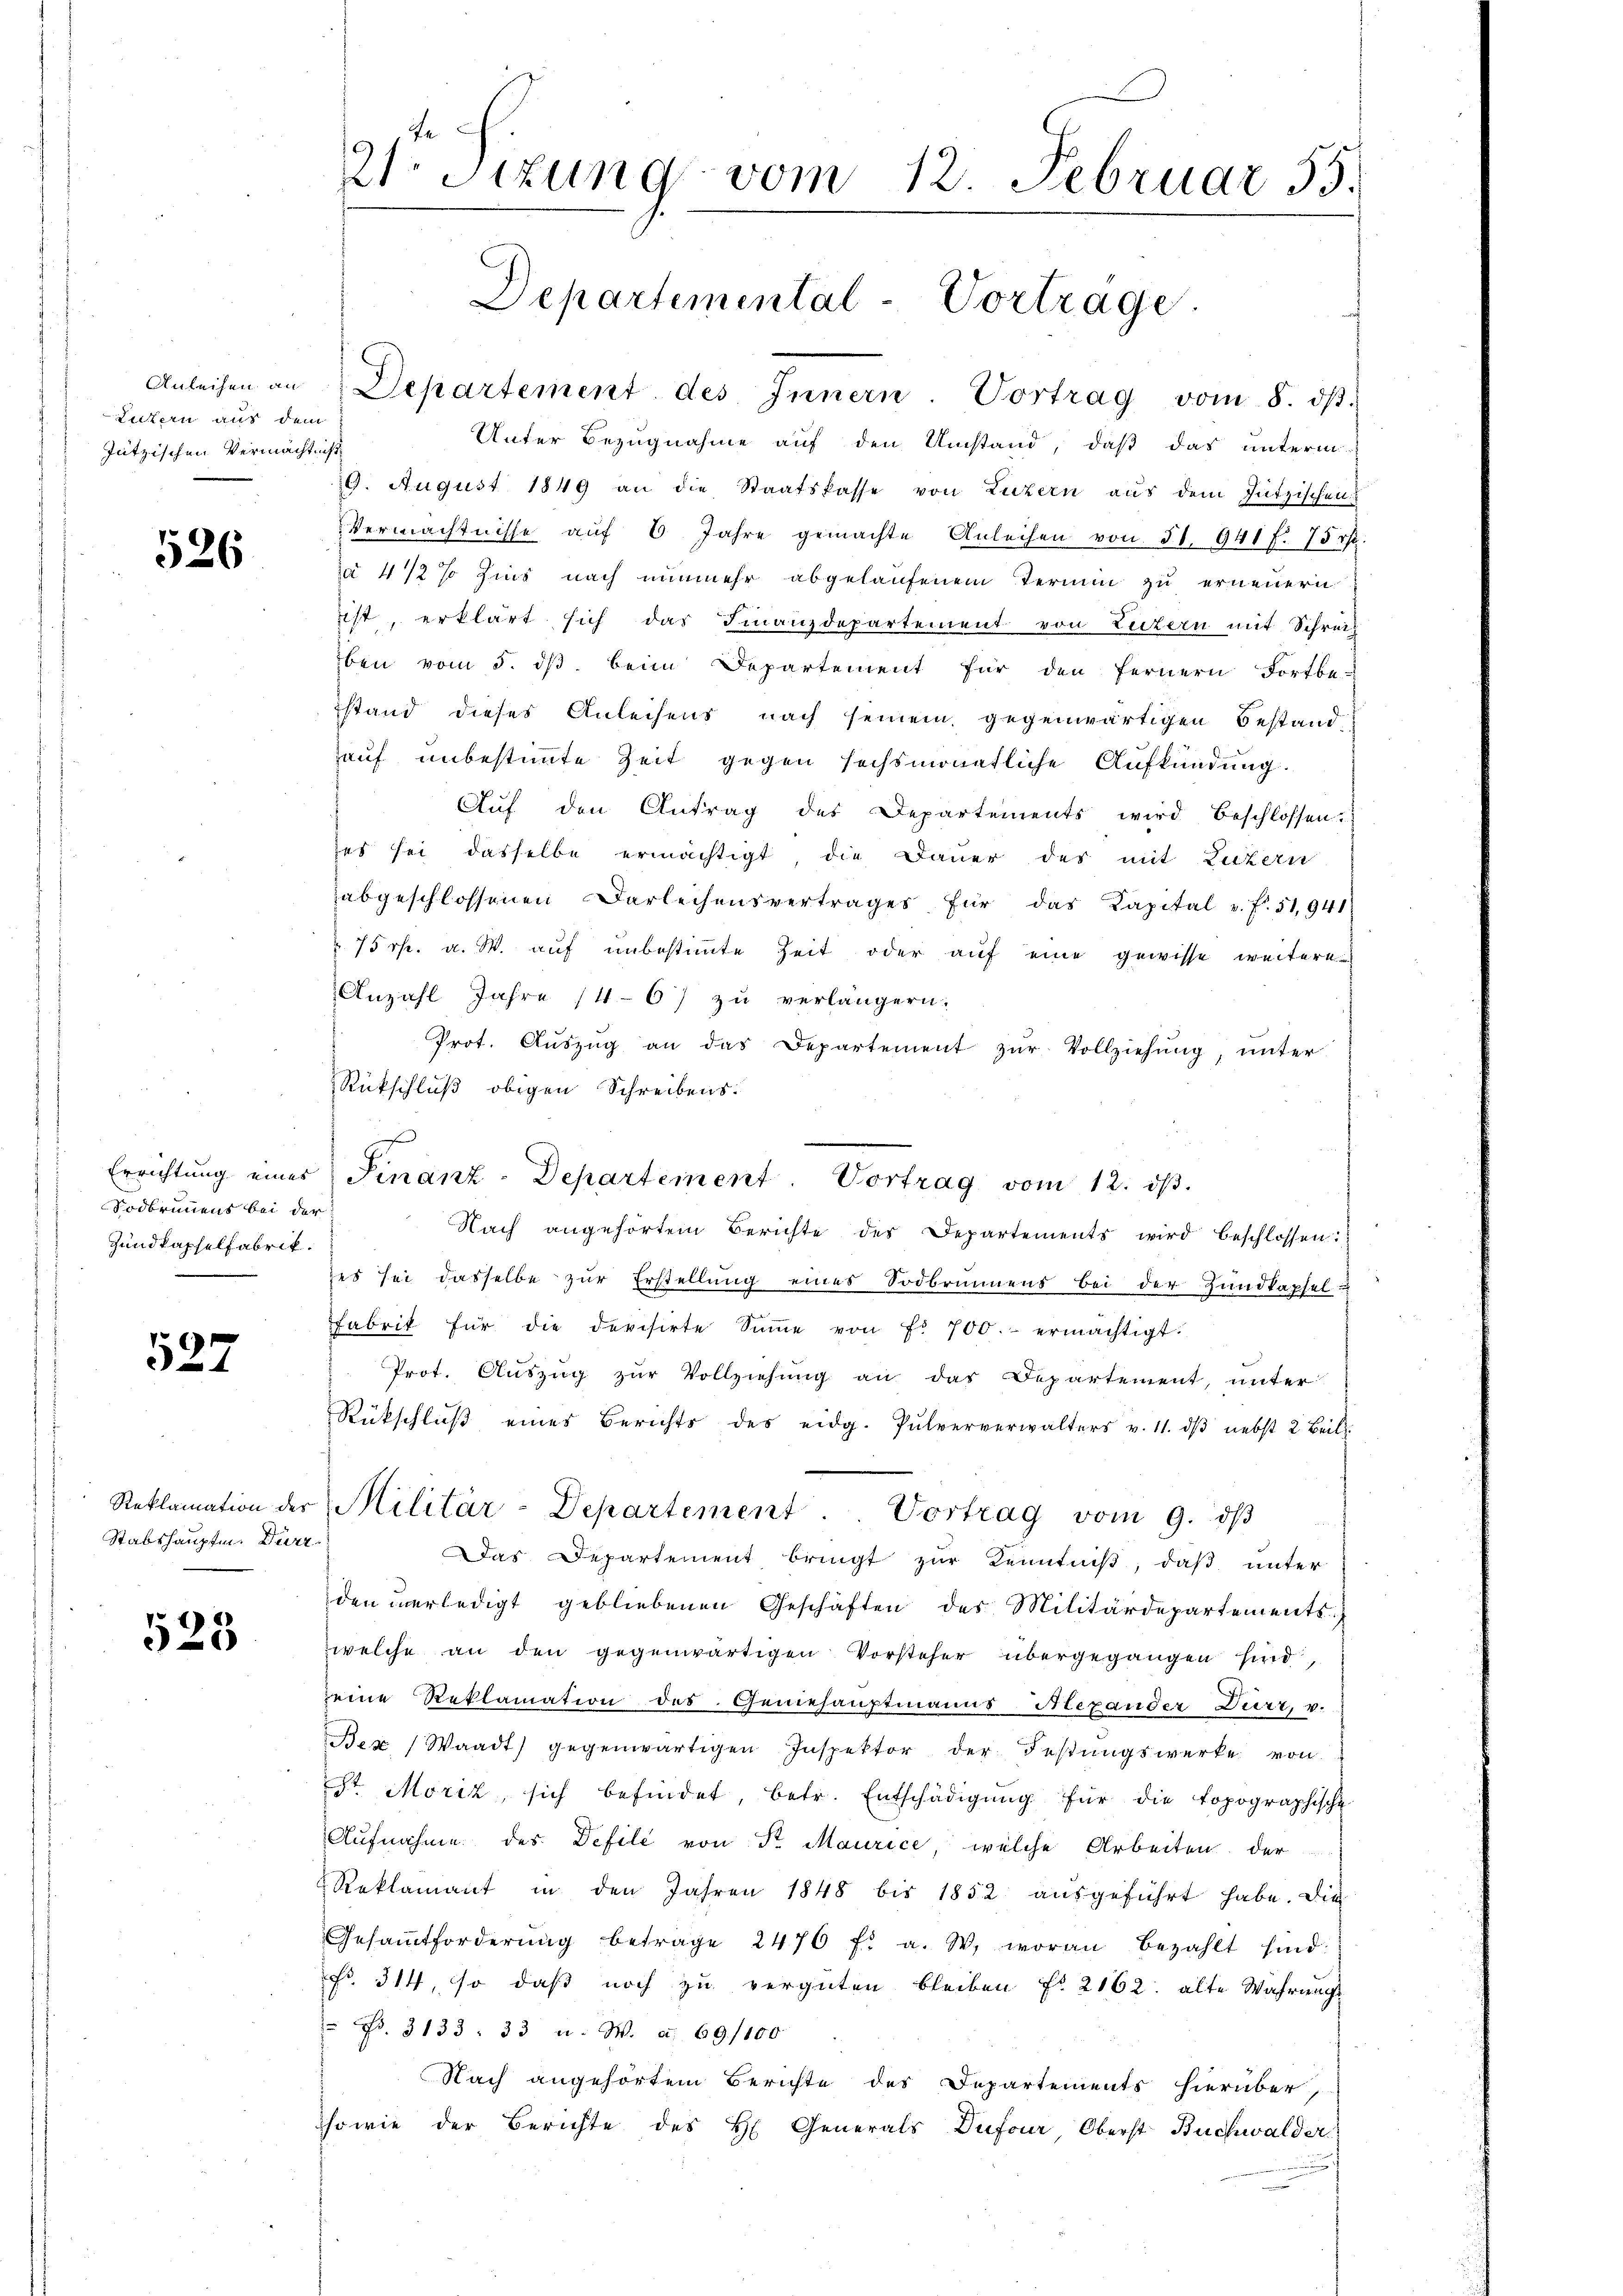
Anleihen an
Lutern aus dem
Jützischen Vermächtig

526

Errichtung eines
Sodbrunnens bei der
Zundkapselfabrik.

537

Reklamation der
Stabshauptm. Dürr

523

2sizung vom 12. Februar 55.

Departemental-Vortrage.
Departement des Innern. Vortrag vom 8. dβ.

Unter Bezugnahme auf den Umstand, daß das unterm
1
9. August 1849 an die Staatskasse von Luzern aus dem Gützischen
Vermächtnisse auf 6 Jahre gemachte Anleihen von 51. 941 f. 75 rp.
ja 472 % Zins nach nunmehr abgelaufenem Termin zu erneuern
ist erklärt sich das Finanzdepartement von Luzern mit Schreiz
ben vom 5. dβ beim Departement für den fernern Fortbe-
stand dieses Anleihens nach seinem gegenwärtigen Bestand,
auf unbestimmte Zeit gegen sechsmonatliche Aufkündung.
Auf den Antrag des Departements wird beschlossen:
es sei dasselbe ermächtigt die Dauer des mit Luzern
abgeschlossenen Darleihensvertrages für das Kapital u. f. 51,941
 75 rp. a. W. auf unbestimmte Zeit oder auf eine gewisse weitere
Anzahl Jahre (4-6) zu verlängern.
Prot. Aŭszŭg an das Departement zŭr Vollziehŭng, unter
Rückschluß obigen Schreibens.
es sei dasselbe zur Erstellung eines Sodbrunnens bei der Handkapsel
fabrik für die devisirte Sŭṁe von Fr. 700.- ermächtigt.
Prot. Auszug zur Vollziehung an das Departement, unter
Rückschlŭβ eines Berichts des eidg. Pulververwalters v. 11. dβ nebst 2 Beil
Militär-Departement. Vortrag vom 9. dβ
Das Departement bringt zur Kenntniß, daß unter
den verledigt gebliebenen Geschäften des Militärdepartementswelche an den gegenwärtigen Vorsteher übergegangen sind,
seine Reklamation des Geniehauptmanns-Hexander Dürr v.
Bex (Waadt) gegenwärtigen Inspektor der Festungswerke von
St. Moriz sich befindet, betr. Entschädigŭng für die topographische
Aŭfnahme des Defile von Sr. Maurice, welche Arbeiten der
Reklamant in den Jahren 1848 bis 1852 aŭsgeführt habe. Die
Gesamtforderŭng betrage 2476 f. a. W. woran bezahlt sind:
Fr. 314, so daß noch zu vergüten bleiben f. 2162. alte Wahrnach
" Fr. 3133 : 33 u. W. a. 69. 1100
Nach angehörtem Berichte des Departements hierüber,
sowie der Berichte des H. Generals Dufour, Oberst Buchwalder

Finanz-Departement. Vortrag vom 12. ds.
Nach angehörtem Berichte des Departements wird beschlossen: